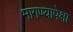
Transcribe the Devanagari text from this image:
मागण्यापेक्षा